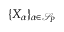
\{ X _ { \alpha } \} _ { \alpha \in \mathcal S _ { P } }